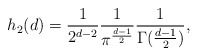
\begin{align*}h_{2}(d)=\frac{1}{2^{d-2}}\frac{1}{\pi^{\frac{d-1}{2}}}\frac{1}{\Gamma(\frac{d-1}{2})},\end{align*}